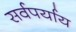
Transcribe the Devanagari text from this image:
सर्वपर्याय